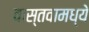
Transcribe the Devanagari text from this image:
वास्तवामध्ये